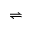
\rightleftharpoons